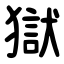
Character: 獄